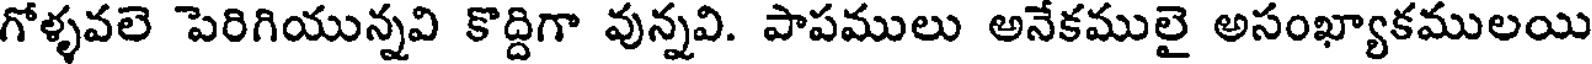
గోళ్ళవలె పెరిగియున్నవి కొద్దిగా వున్నవి. పాపములు అనేకములై అసంఖ్యాకములయి